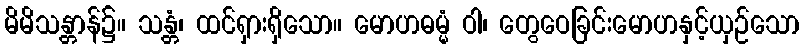
မိမိသန္တာန်၌။ သန္တံ၊ ထင်ရှားရှိသော။ မောဟဓမ္မံ ဝါ၊ တွေဝေခြင်းမောဟနှင့်ယှဉ်သော